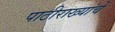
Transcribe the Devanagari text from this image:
पाठीराख्यांचे